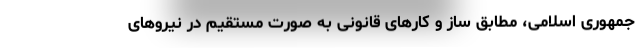
جمهوری اسلامی، مطابق ساز و کارهای قانونی به صورت مستقیم در نیروهای